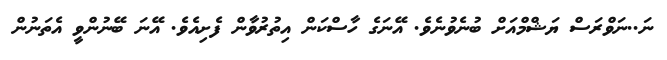
ނަ..ނަވްރަސް ޔަޝްމްއަށް ބުނެވުނެވެ. އޭނަގެ ހާސްކަން އިތުރުވާން ފެށިއެވެ. އޭނަ ބޭނުންވީ އެތަނުން